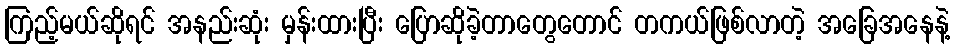
ကြည့်မယ်ဆိုရင် အနည်းဆုံး မှန်းထားပြီး ပြောဆိုခဲ့တာတွေတောင် တကယ်ဖြစ်လာတဲ့ အခြေအနေနဲ့